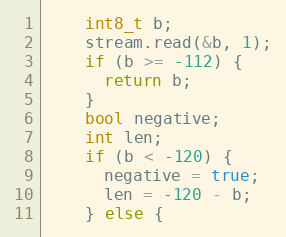
Language: C++
    int8_t b;
    stream.read(&b, 1);
    if (b >= -112) {
      return b;
    }
    bool negative;
    int len;
    if (b < -120) {
      negative = true;
      len = -120 - b;
    } else {